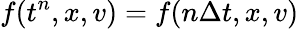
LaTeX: f(t^{n},x,v)=f(n\Delta t,x,v)